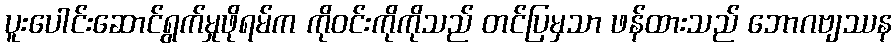
ပူးပေါင်းဆောင်ရွက်မှုဖိုရမ်က ကိုဝင်းကိုကိုသည် တင်ပြမှသာ ဖန်ထားသည် ဘောဂဗျဿန